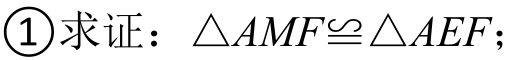
\textcircled{1}求证：\(\triangle AMF\cong\triangle AEF\)；